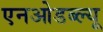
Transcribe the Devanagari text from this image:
एनओडब्ल्यू